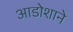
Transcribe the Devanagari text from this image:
आडोशाने